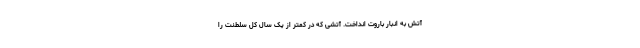
آتش به انبار باروت انداخت. آتشی که در کمتر از یک سال کل سلطنت را